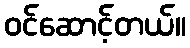
ဝင်ဆောင့်တယ်။